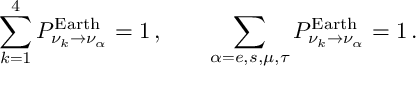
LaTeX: \sum _ { k = 1 } ^ { 4 } P _ { \nu _ { k } \to \nu _ { \alpha } } ^ { \mathrm { E a r t h } } = 1 \, , \qquad \sum _ { \alpha = e , s , \mu , \tau } P _ { \nu _ { k } \to \nu _ { \alpha } } ^ { \mathrm { E a r t h } } = 1 \, .